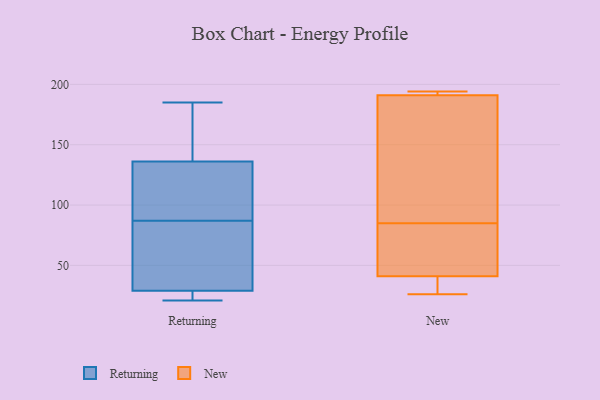
{"axis": {"x": "Conversion Rate (%)", "y": "Value"}, "legend": ["New", "Returning"], "data": [{"x": "", "y": 90, "type": "Returning"}, {"x": "", "y": 84, "type": "Returning"}, {"x": "", "y": 21, "type": "Returning"}, {"x": "", "y": 24, "type": "Returning"}, {"x": "", "y": 97, "type": "Returning"}, {"x": "", "y": 74, "type": "Returning"}, {"x": "", "y": 139, "type": "Returning"}, {"x": "", "y": 143, "type": "Returning"}, {"x": "", "y": 31, "type": "Returning"}, {"x": "", "y": 133, "type": "Returning"}, {"x": "", "y": 185, "type": "Returning"}, {"x": "", "y": 27, "type": "Returning"}, {"x": "", "y": 193, "type": "New"}, {"x": "", "y": 145, "type": "New"}, {"x": "", "y": 38, "type": "New"}, {"x": "", "y": 41, "type": "New"}, {"x": "", "y": 194, "type": "New"}, {"x": "", "y": 191, "type": "New"}, {"x": "", "y": 80, "type": "New"}, {"x": "", "y": 54, "type": "New"}, {"x": "", "y": 26, "type": "New"}, {"x": "", "y": 90, "type": "New"}]}